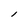
Character: l